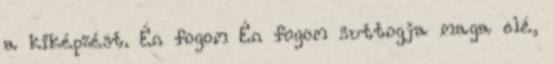
a kiképzést. Én fogom Én fogom suttogja maga elé,